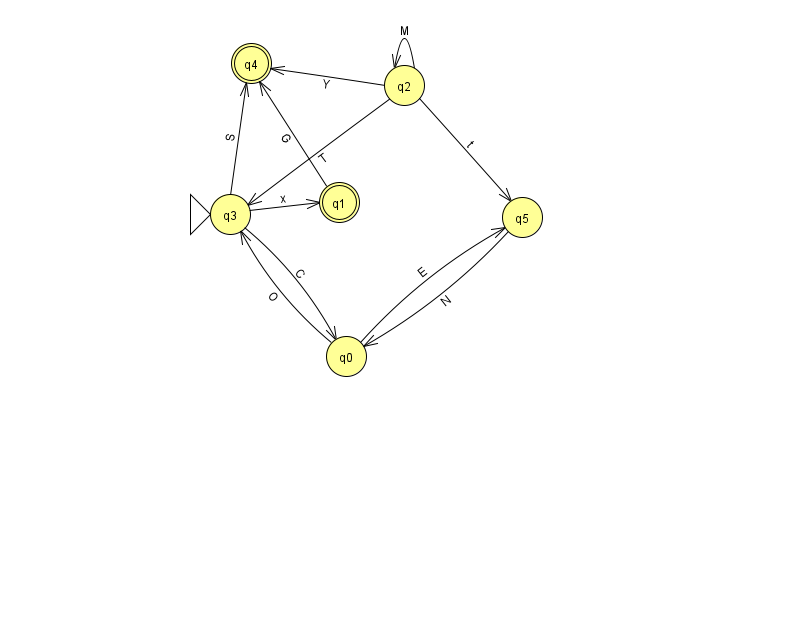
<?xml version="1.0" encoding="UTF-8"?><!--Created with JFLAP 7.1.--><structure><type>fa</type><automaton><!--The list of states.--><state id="0" name="q0"><x>346.0</x><y>343.0</y></state><state id="1" name="q1"><x>339.0</x><y>189.0</y><final/></state><state id="2" name="q2"><x>404.0</x><y>72.0</y></state><state id="3" name="q3"><x>230.0</x><y>201.0</y><initial/></state><state id="4" name="q4"><x>251.0</x><y>50.0</y><final/></state><state id="5" name="q5"><x>522.0</x><y>204.0</y></state><!--The list of transitions.--><transition><from>0</from><to>3</to><read>O</read></transition><transition><from>0</from><to>5</to><read>E</read></transition><transition><from>2</from><to>5</to><read>t</read></transition><transition><from>3</from><to>0</to><read>C</read></transition><transition><from>2</from><to>3</to><read>T</read></transition><transition><from>5</from><to>0</to><read>N</read></transition><transition><from>2</from><to>2</to><read>M</read></transition><transition><from>3</from><to>4</to><read>S</read></transition><transition><from>3</from><to>1</to><read>x</read></transition><transition><from>1</from><to>4</to><read>G</read></transition><transition><from>2</from><to>4</to><read>Y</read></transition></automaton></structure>